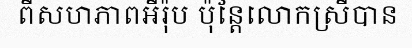
ពីសហភាពអឺរ៉ុប ប៉ុន្តែលោកស្រីបាន